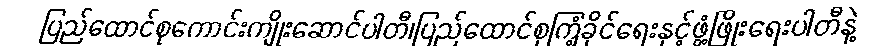
ပြည်ထောင်စုကောင်းကျိုးဆောင်ပါတီ၊ပြည်ထောင်စုကြံ့ခိုင်ရေးနှင့်ဖွံ့ဖြိုးရေးပါတီနဲ့